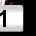
Digit: 1